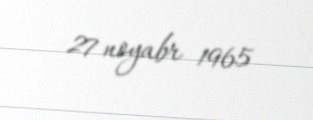
27 noyabr 1965